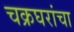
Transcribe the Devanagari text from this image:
चक्रघरांचा